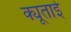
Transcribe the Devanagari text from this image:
क्यूताई